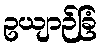
ဥယျာဉ်ခြံ